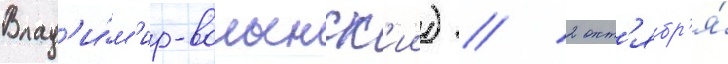
Влад'и́м'ир-волынск'ии) // 2 окт'ябр'я́